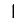
Digit: 1